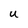
Character: U